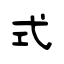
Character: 式